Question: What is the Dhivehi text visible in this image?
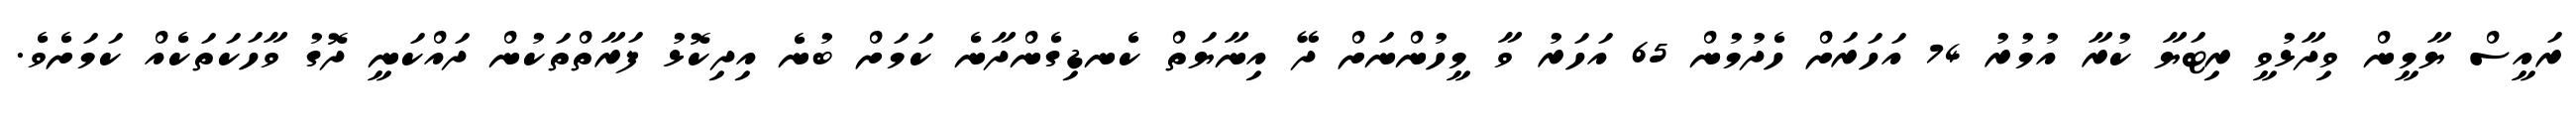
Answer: ރައީސް ޔާމީން ވިދާޅުވީ ރިޓަޔާ ކުރާ އުމުރު 74 އަހަރަށް ހެދުމުން 65 އަހަރު ވާ މީހުންނަށް ދޭ އިނާޔަތް ކެނޑިގެންދާނެ ކަމަށް ބުނެ އިދިކޮޅު ފަރާތްތަކުން ދައްކަނީ ދޮގު ވާހަކަތަކެއް ކަމަށެވެ.